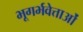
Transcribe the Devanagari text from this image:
भूगर्भवेत्ताओं